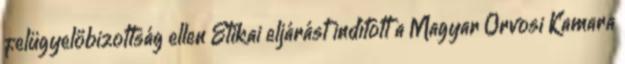
felügyelőbizottság ellen Etikai eljárást indított a Magyar Orvosi Kamara